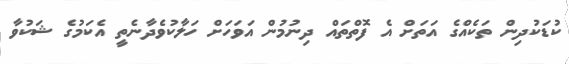
ކުޑަކުދިން ތަކެއްގެ އަތަށް އެ ފޮތްތައް ދިނުމުން އަވަހަށް ހަލާކުވެދާނެތީ އެކަމުގެ ޝަކުވާ